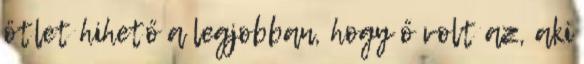
ötlet hihető a legjobban, hogy ő volt az, aki